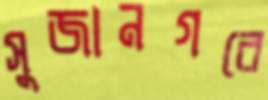
সুজানগরে